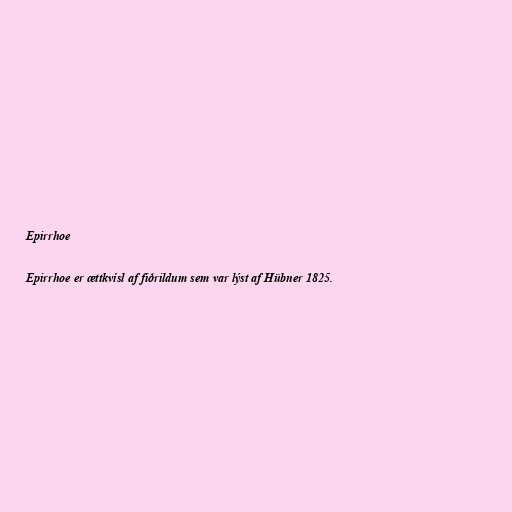
Epirrhoe

Epirrhoe er ættkvísl af fiðrildum sem var lýst af Hübner 1825.